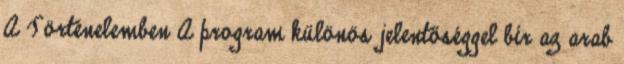
A Történelemben A program különös jelentőséggel bír az arab